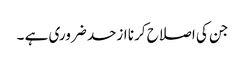
جن کی اصلاح کرنا ازحد ضروری ہے ۔